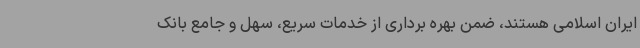
ایران اسلامی هستند، ضمن بهره برداری از خدمات سریع، سهل و جامع بانک